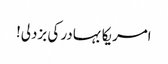
امریکا بہادر کی بزدلی!